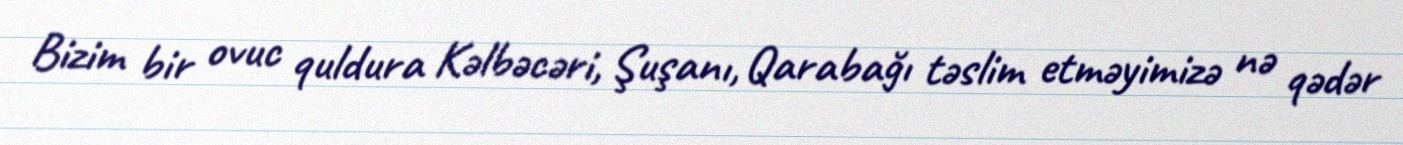
Bizim bir ovuc quldura Kəlbəcəri, Şuşanı, Qarabağı təslim etməyimizə nə qədər